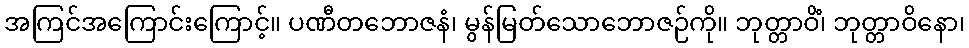
အကြင်အကြောင်းကြောင့်။ ပဏီတဘောဇနံ၊ မွန်မြတ်သောဘောဇဉ်ကို။ ဘုတ္တာဝိံ၊ ဘုတ္တာဝိနော၊